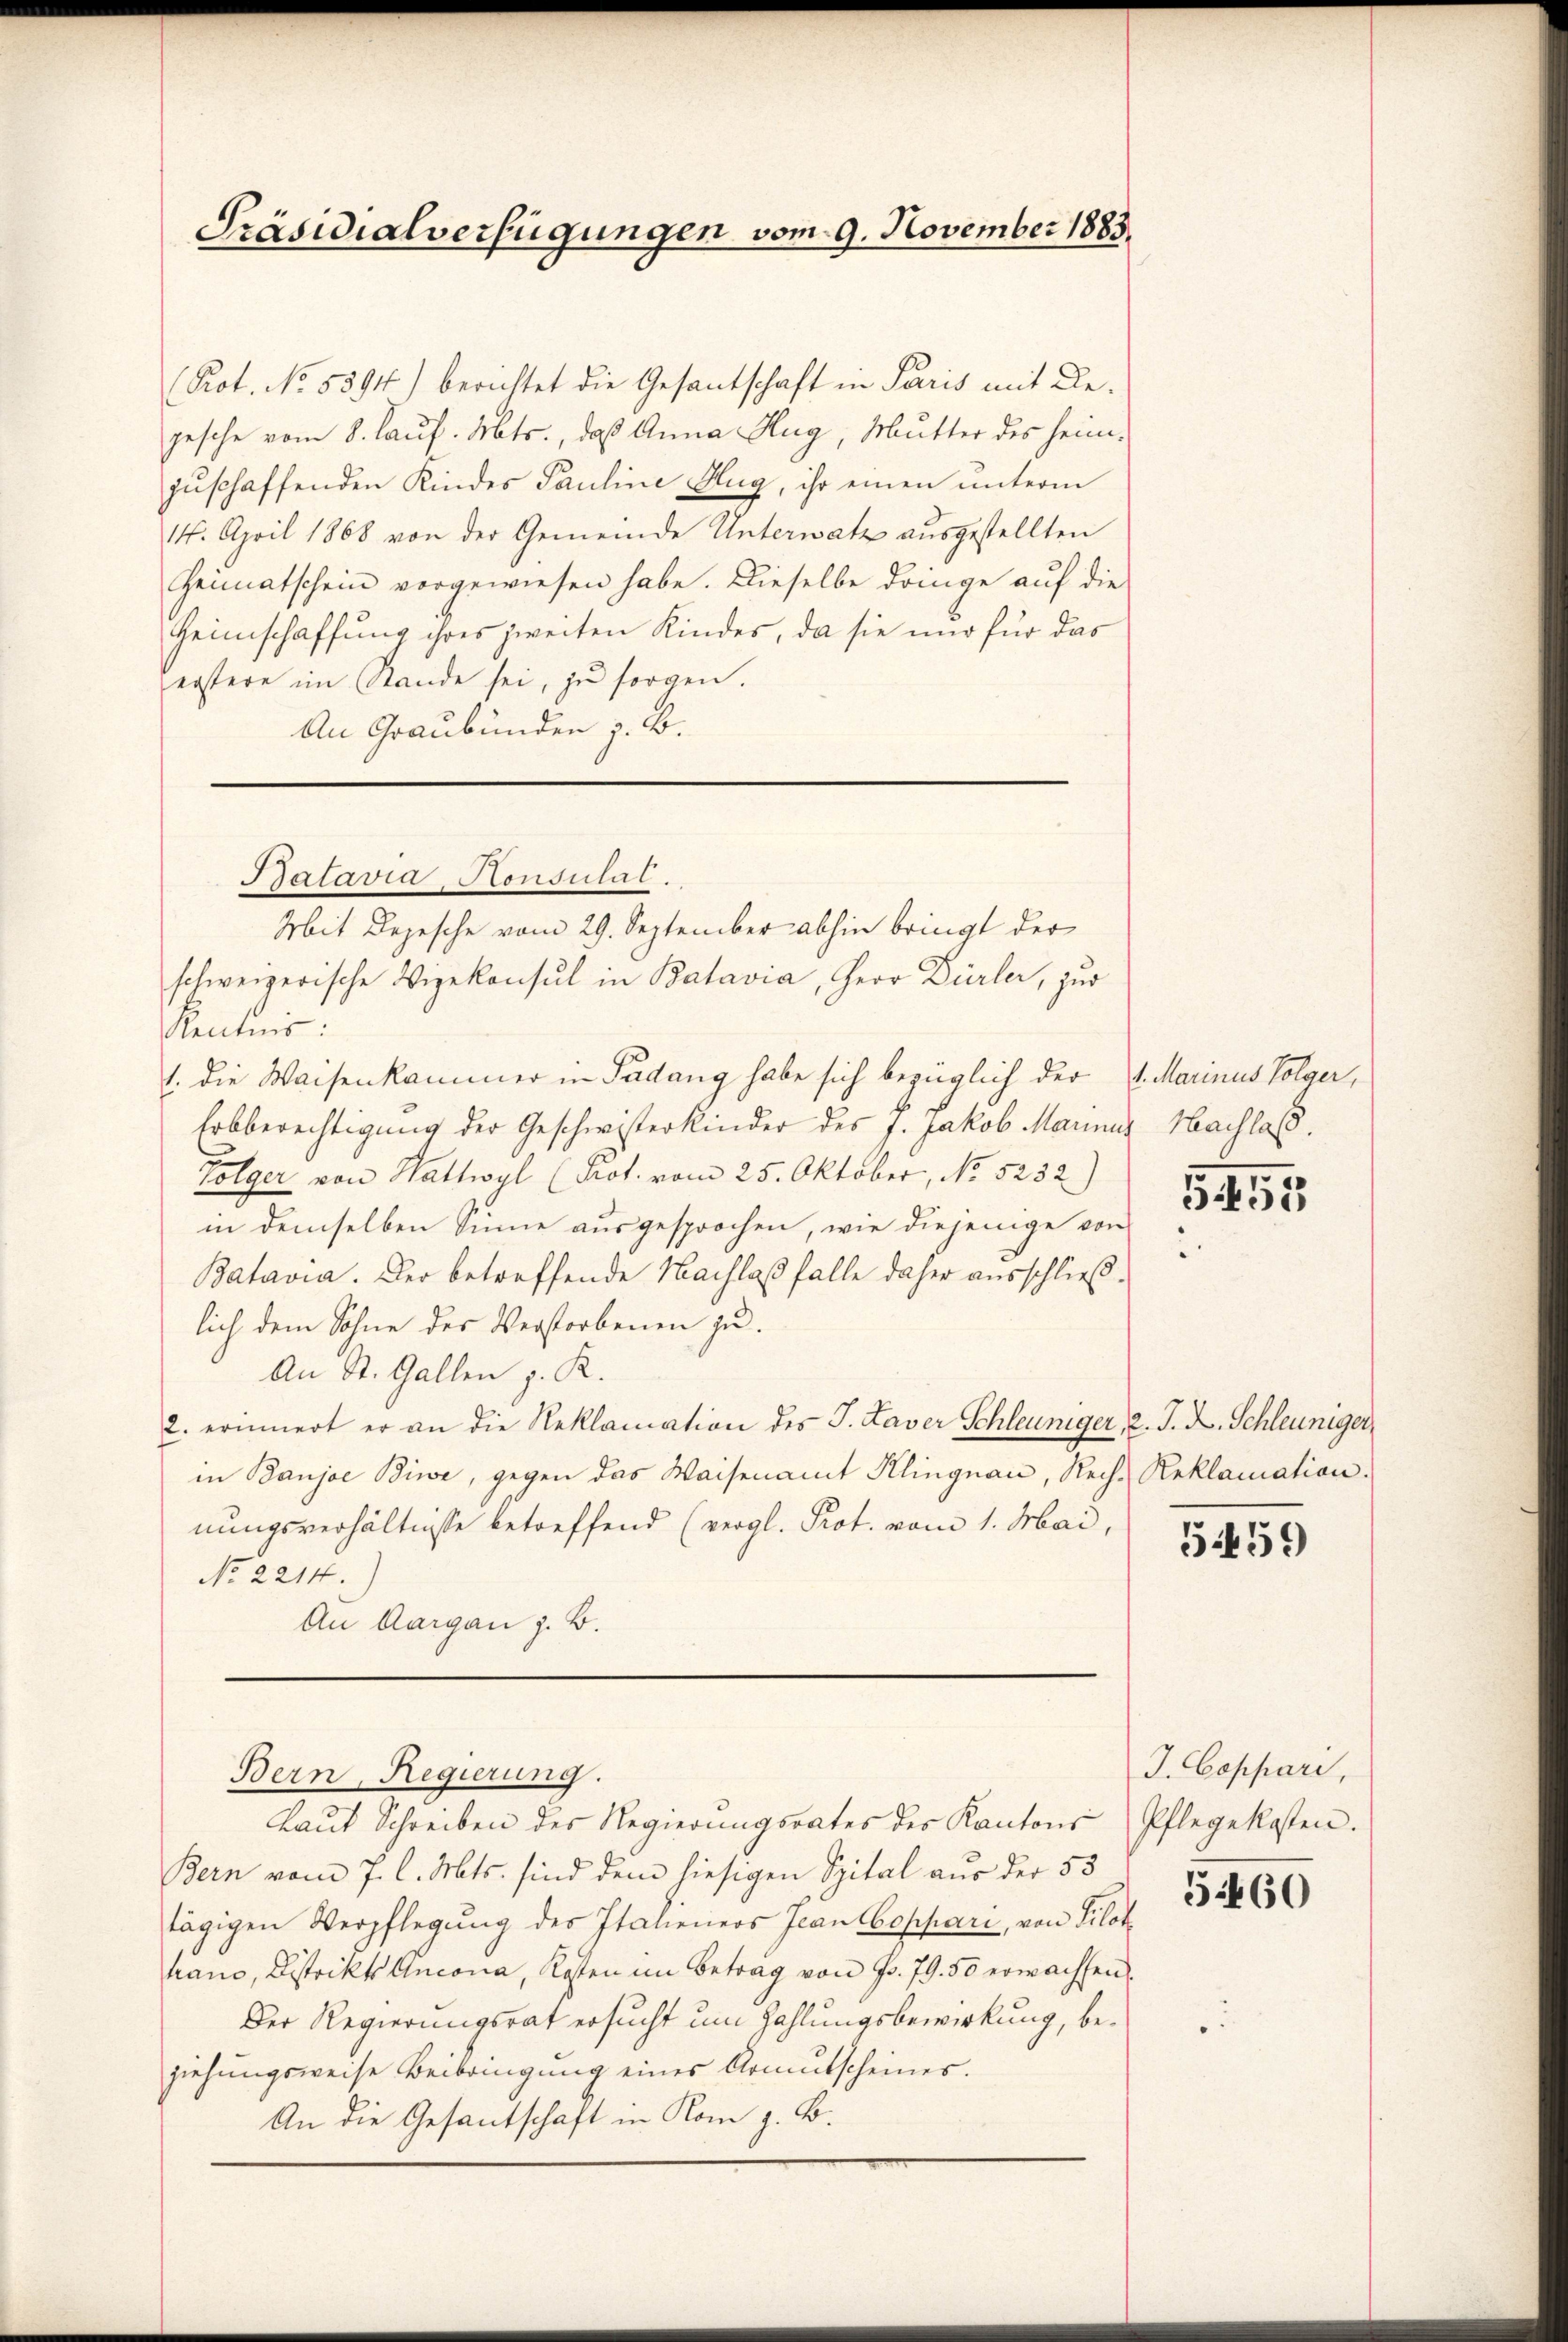
Präsidialverfügungen vom 9. November 1883.

(Pot. No. 5594) berichtet die Gesantschaft in Paris mit De-
gesche vom 8. Lauf. Mts., daß Anna Hug, Mutter des heimzŭschaffenden Kindes Pauline Hug, ihr einen unterm
14. April 1868 von der Gemeinde Unterwatz ausgestellten
Heimatschein vorgewiesen habe. Dieselbe dringe auf die
Heimschaffung ihres zweiten Kindes, da sie und für das
erstere im Stande sei, zu sorgen.
An Graubünden z. B.

Batavia Honsulat.

Mit Depesche vom 29. September abhin bringt der
schweizerische Vizekonsul in Batavia, Herr Dürler, zur
Kentnis:
1. die Waisenkammer in Padung habe sich bezüglich der 1. Marinus Folger,
Erbberechtigung der Geschwisterkinder des J. Jakob Marina Nachlaß.
Folger von Wattwyl (Prot. vom 25. Oktober, No 5232)
in demselben Sinne aŭsgesprochen, wie diejenige von
Batavia. Der betreffende Nachlaß falle daher ausschließlich dem Sohne der Verstorbenen zu.
An St. Gallen z. R.
2. erinnert er an die Reklamation des J. Laver Schleuniger, 2. J. L. Schleuniger,
in Banjae Biwe, gegen das Waisenamt Klingnau, Rech-Reklamation.
nungsverhältnisse betreffend (vergl. Prot. vom 1. Mai,
No. 2214.
An Aargau z. B.

Bern, Regierung.

Laŭt Schreiben des Regierungsrates des Kantons Pflegekosten.
Bern vom 7. l. Mts. sind dem hiesigen Spital aus der 53
tägigen Verpflegung des Italieners Jean Coppari, von Pilothano, Distrikts Uncona, Kosten im Betrag von Fr. 79. 50 erwachsen
Der Regierungsrat ersucht um Zahlungsbewirkung, beziehungsweise Beibringung eines Armutscheines.
An die Gesantschaft in Rom z. B.

5459

J. Ceppari,

5460